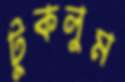
টুকলুম